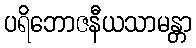
ပရိဘောဇနီယသာမန္တာ